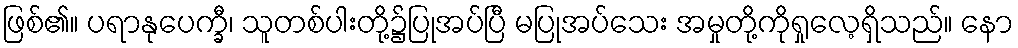
ဖြစ်၏။ ပရာနုပေက္ခီ၊ သူတစ်ပါးတို့၌ပြုအပ်ပြီ မပြုအပ်သေး အမှုတို့ကိုရှုလေ့ရှိသည်။ နော